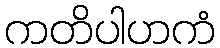
ကတိပါဟကံ